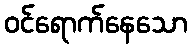
ဝင်ရောက်နေသော